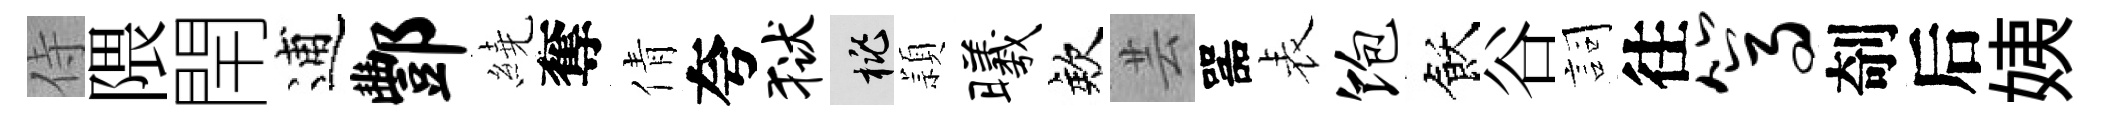
侍隈閈逋酆繞奪倩夸狱桃頴曦欸芸噐表饱飫谷詞往篙剞后姨